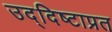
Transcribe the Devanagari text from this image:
उद्दिष्टाप्रत